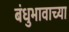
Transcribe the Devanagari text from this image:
बंधुभावाच्या